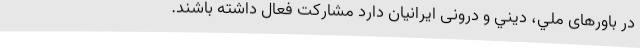
در باورهای ملي، ديني و درونی ایرانیان دارد مشاركت فعال داشته باشند.